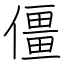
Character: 僵